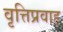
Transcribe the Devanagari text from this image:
वृत्तिप्रवाह